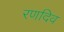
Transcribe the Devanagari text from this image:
रणदिव